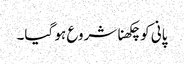
پانی کو چکھنا شروع ہو گیا۔